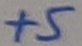
Text: +5